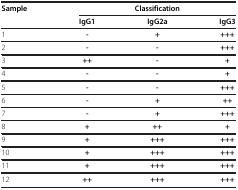
| Sample | <COLSPAN=3> Classification |
 |  | IgG1 | IgG2a | IgG3 |
 | --- | --- | --- | --- |
 | 1 | - | + | +++ |
 | 2 | - | - | +++ |
 | 3 | ++ | - | + |
 | 4 | - | - | + |
 | 5 | - | - | +++ |
 | 6 | - | + | ++ |
 | 7 | - | + | +++ |
 | 8 | + | ++ | + |
 | 9 | + | +++ | +++ |
 | 10 | + | +++ | +++ |
 | 11 | + | +++ | +++ |
 | 12 | ++ | +++ | +++ |